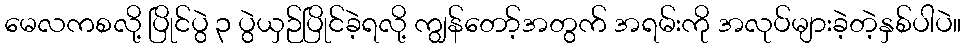
မေလကစလို့ ပြိုင်ပွဲ ၃ ပွဲယှဉ်ပြိုင်ခဲ့ရလို့ ကျွန်တော့်အတွက် အရမ်းကို အလုပ်များခဲ့တဲ့နှစ်ပါပဲ။